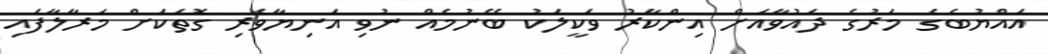
އައްޔުބެގެ މަރުގެ ދައުވާއަށް އިންކާރު ވަކީލަކު ބޭނުމެއް ނުވި އަނިޔާވެރި ގޮތަކަށް މަރާލާފައި